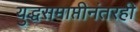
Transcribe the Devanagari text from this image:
युद्धसमाप्तीनंतरही